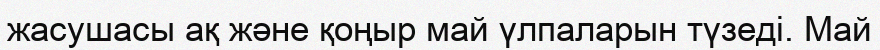
жасушасы ақ және қоңыр май үлпаларын түзеді. Май